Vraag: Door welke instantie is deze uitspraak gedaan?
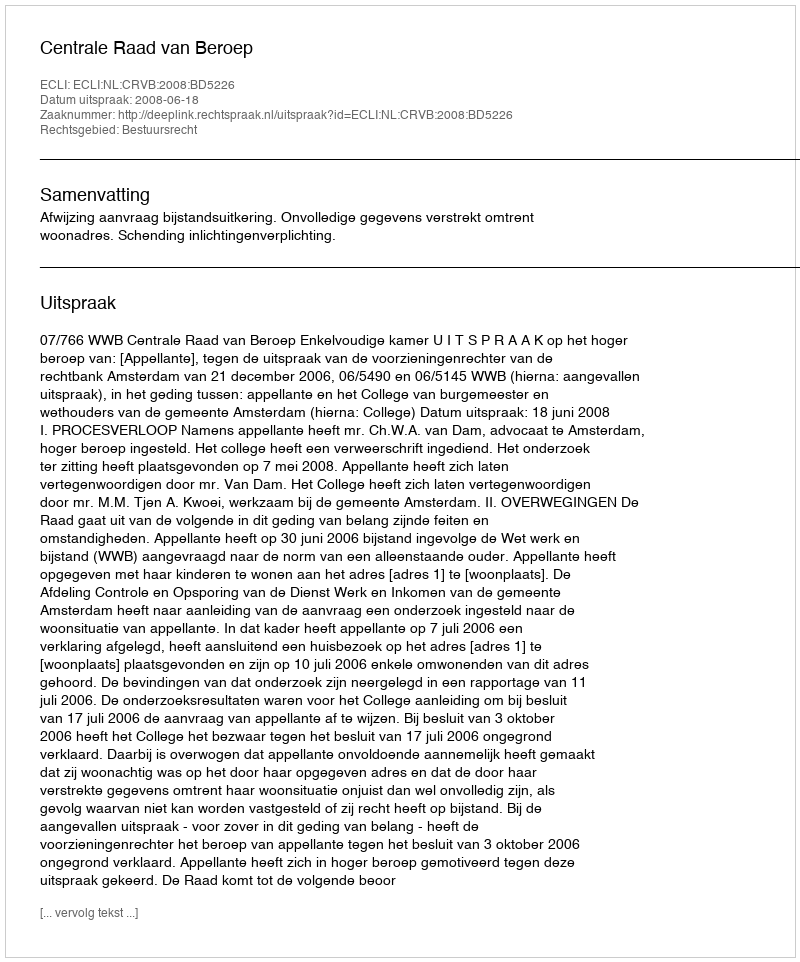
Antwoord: Centrale Raad van Beroep